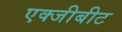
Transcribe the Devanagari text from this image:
एक्जीबीट